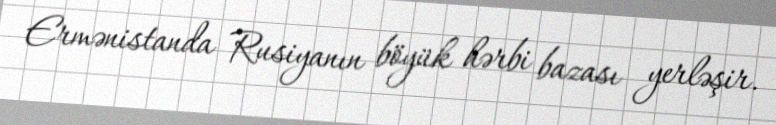
Ermənistanda Rusiyanın böyük hərbi bazası yerləşir.